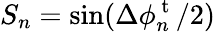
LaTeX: S_{n}=\sin(\Delta\phi_{n}^{\mathrm{~t~}}/2)